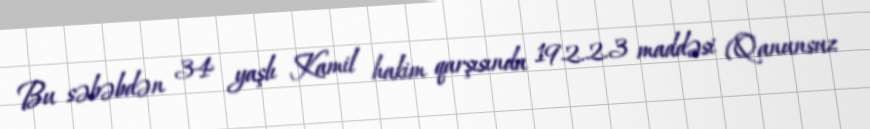
Bu səbəbdən 34 yaşlı Kamil hakim qarşısında 192.2.3 maddəsi (Qanunsuz